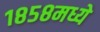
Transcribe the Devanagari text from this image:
१८५८मध्ये